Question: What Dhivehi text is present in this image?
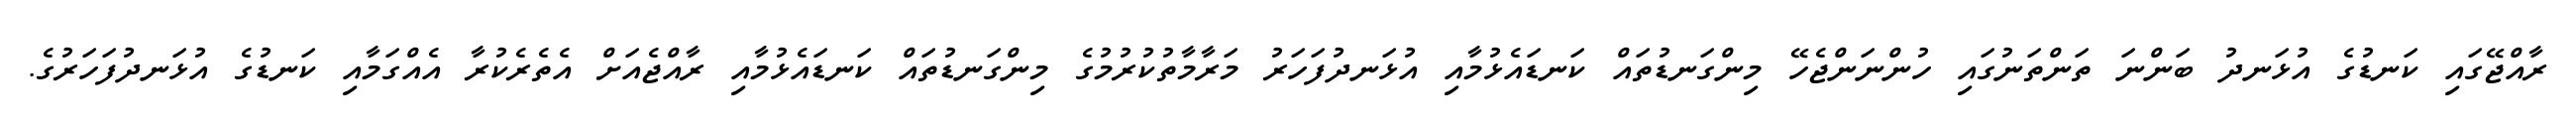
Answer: ރާއްޖޭގައި ކަނޑުގެ އުޅަނދު ބަންނަ ތަންތަނުގައި ހުންނަންޖެހޭ މިންގަނޑުތައް ކަނޑައެޅުމާއި އުޅަނދުފަހަރު މަރާމާތުކުރުމުގެ މިންގަނޑުތައް ކަނޑައެޅުމާއި ރާއްޖެއަށް އެތެރެކުރާ އެއްގަމާއި ކަނޑުގެ އުޅަނދުފަހަރުގެ.